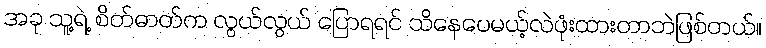
အခု သူ့ရဲ့ စိတ်ဓာတ်က လွယ်လွယ် ပြောရရင် သိနေပေမယ့်လဲဖုံးထားတာဘဲဖြစ်တယ်။